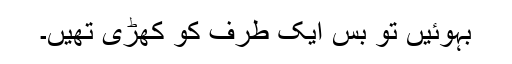
بہوئیں تو بس ایک طرف کو کھڑی تھیں۔